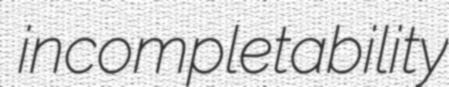
incompletability